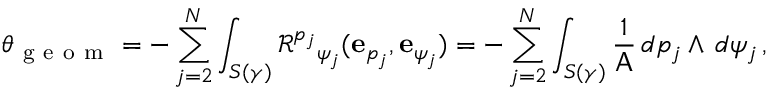
\theta _ { \mathrm { ~ g ~ e ~ o ~ m ~ } } = - \sum _ { j = 2 } ^ { N } \int _ { S ( \gamma ) } \mathcal { R } ^ { p _ { j } } { } _ { \psi _ { j } } ( \mathbf { e } _ { p _ { j } } , \mathbf { e } _ { \psi _ { j } } ) = - \sum _ { j = 2 } ^ { N } \int _ { S ( \gamma ) } \frac { 1 } { \mathsf { A } } \, d p _ { j } \wedge \, d \psi _ { j } \, ,